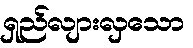
ရှည်လျားလှသော